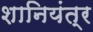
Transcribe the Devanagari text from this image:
शानियंत्र